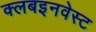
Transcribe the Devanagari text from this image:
क्लबइनवेस्ट